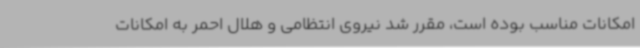
امکانات مناسب بوده است، مقرر شد نیروی انتظامی و هلال احمر به امکانات